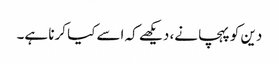
دین کو پہچانے، دیکھے کہ اسے کیا کرنا ہے۔